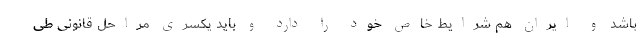
باشد و ایران هم شرایط خاص خود را دارد و باید یکسری مراحل قانونی طی